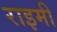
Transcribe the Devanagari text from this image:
राइमी